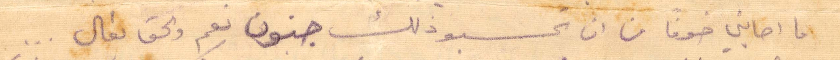
ما ابني خوفًا من تحسبو ذلك جنون نعم والحق تعالى...